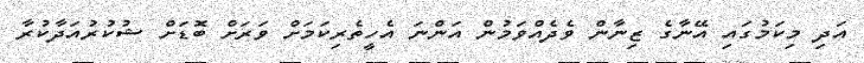
އަދި މިކަމުގައި އޭނާގެ ޒިނާން ވެދެއްވަމުން އަންނަ އެހީތެރިކަމަށް ވަރަށް ބޮޑަށް ޝުކުރުއަދާކުރާ